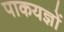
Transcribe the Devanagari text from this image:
पाकयज्ञों